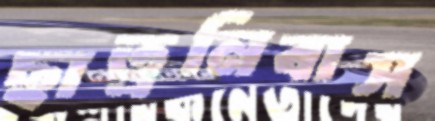
ছাত্রনিবাস